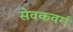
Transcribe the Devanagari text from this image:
सेवकवर्ग